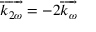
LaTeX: { \overrightarrow { { k } _ { 2 \omega } } } = - 2 { \overrightarrow { { k } _ { \omega } } }